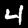
Digit: 4